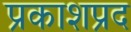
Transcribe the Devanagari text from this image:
प्रकाशप्रद